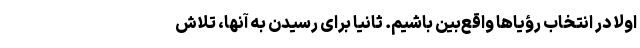
اولاً در انتخاب رؤیاها واقع‌بین باشیم. ثانیا برای رسیدن به آنها، تلاش